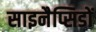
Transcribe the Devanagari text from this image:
साइनैप्सिडों